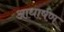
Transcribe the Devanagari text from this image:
आधार्षण